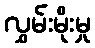
လွှမ်းမိုးမှု